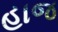
હાજ